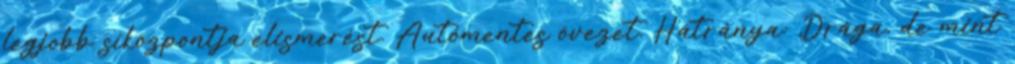
legjobb síközpontja elismerést. Autómentes övezet. Hátránya: Drága, de mint